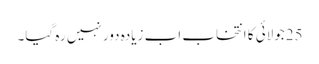
25جولائی کا انتخاب اب زیادہ دور نہیں رہ گیا۔